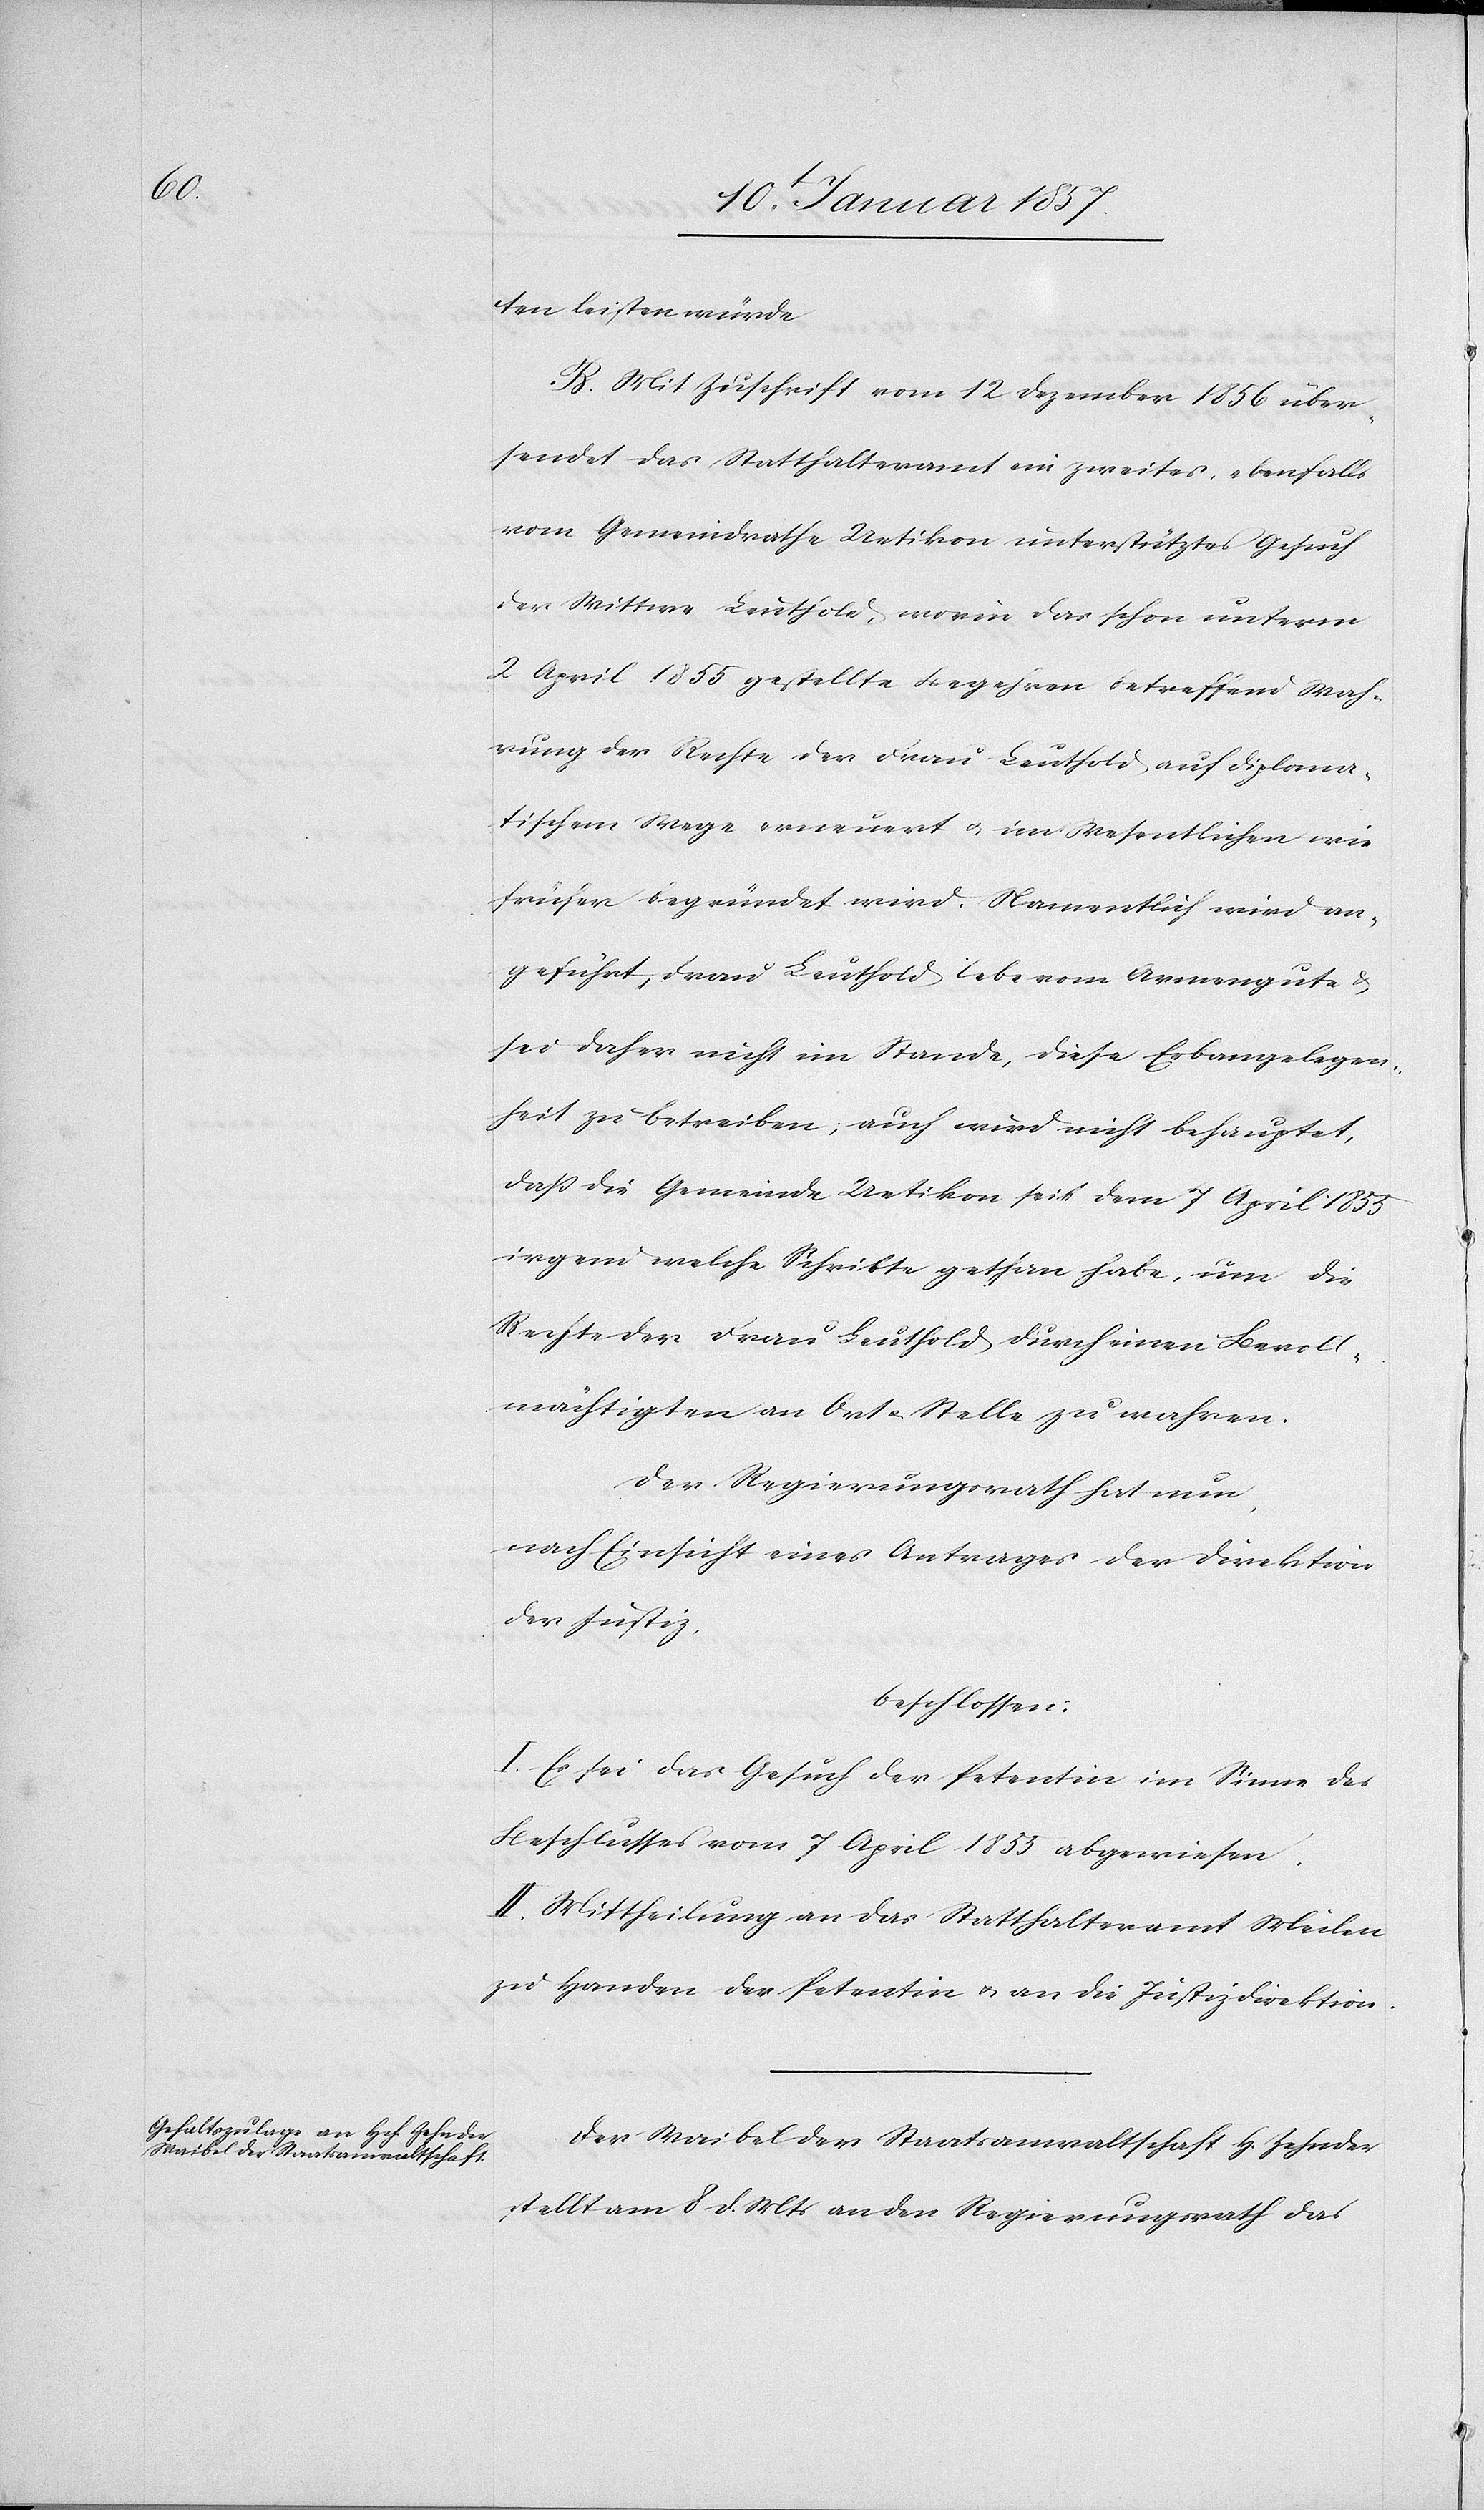
ten leisten würde.
B. Mit Zuschrift vom 12 Dezember 1856 über¬
sendet das Statthalteramt ein zweites ebenfalls
vom Gemeindrathe Uetikon unterstütztes Gesuch
der Wittwe Leuthold, worin das schon unterm
2 April 1855 gestellte Begehren betreffend Wah¬
rung der Rechte der Frau Leuthold auf diploma¬
tischem Wege erneuert u. im Wesentlichen wie
früher begründet wird. Namentlich wird an¬
geführt, Frau Leuthold lebe vom Armengute &
sei daher nicht im Stande, diese Erbangelegen¬
heit zu betreiben; auch wird nicht behauptet,
daß die Gemeinde Uetikon sei dem 7 April 1855
irgend welche Schritte gethan habe, um die
Rechte der Frau Leuthold durch einen Bevoll¬
mächtigten an Ort u. Stelle zu wahren.
Der Regierungsrath hat nun,
nach Einsicht eines Antrages der Direktion
der Justiz,
beschlossen:
I. Es sei das Gesuch der Petentin im Sinne des
Beschlusses vom 7 April 1853 abgewiesen.
II. Mittheilung an das Statthalteramt Meilen
zu Handen der Petentin & an die Justizdirektion.
Der Waibel der Staatsanwaltschaft H. Zender
stellt am 8. d. Mts an den Regierungsrath das